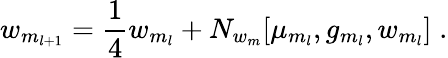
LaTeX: w_{m_{l+1}}={\frac{1}{4}}w_{m_{l}}+N_{w_{m}}[\mu_{m_{l}},g_{m_{l}},w_{m_{l}}]\; .